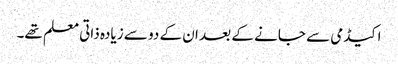
اکیڈمی سے جانے کے بعد ان کے دو سے زیادہ ذاتی معلم تھے۔